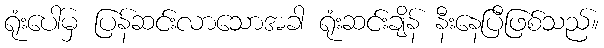
ရုံးပေါ်မှ ပြန်ဆင်းလာသောအခါ ရုံးဆင်းချိန် နီးနေပြီဖြစ်သည်။